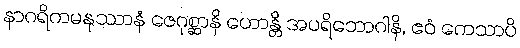
နာဂရိကမနုဿာနံ ဇေဂုစ္ဆာနိ ဟောန္တိ အပရိဘောဂါနိ, ဧဝံ ကေသာပိ